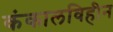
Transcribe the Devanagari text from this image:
कंकालविहीन